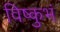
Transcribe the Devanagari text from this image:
विष्कुभं